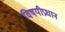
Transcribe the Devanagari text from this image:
विषयीप्रधान